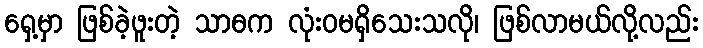
ရှေ့မှာ ဖြစ်ခဲ့ဖူးတဲ့ သာဓက လုံးဝမရှိသေးသလို၊ ဖြစ်လာမယ်လို့လည်း